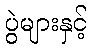
ပွဲများနှင့်